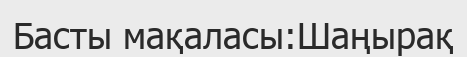
Басты мақаласы:Шаңырақ